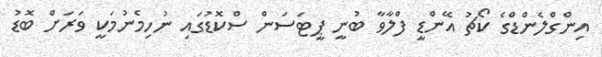
އިންގްލެންޑްގެ ކޯޗު އޭންޑީ ފްލާވާ ބުނީ ޕީޓަސަން ސްކޮޑުގައި ނުހިމެނުމަކީ ވަރަށް ބޮޑު